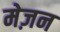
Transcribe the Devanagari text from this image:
मेज़न